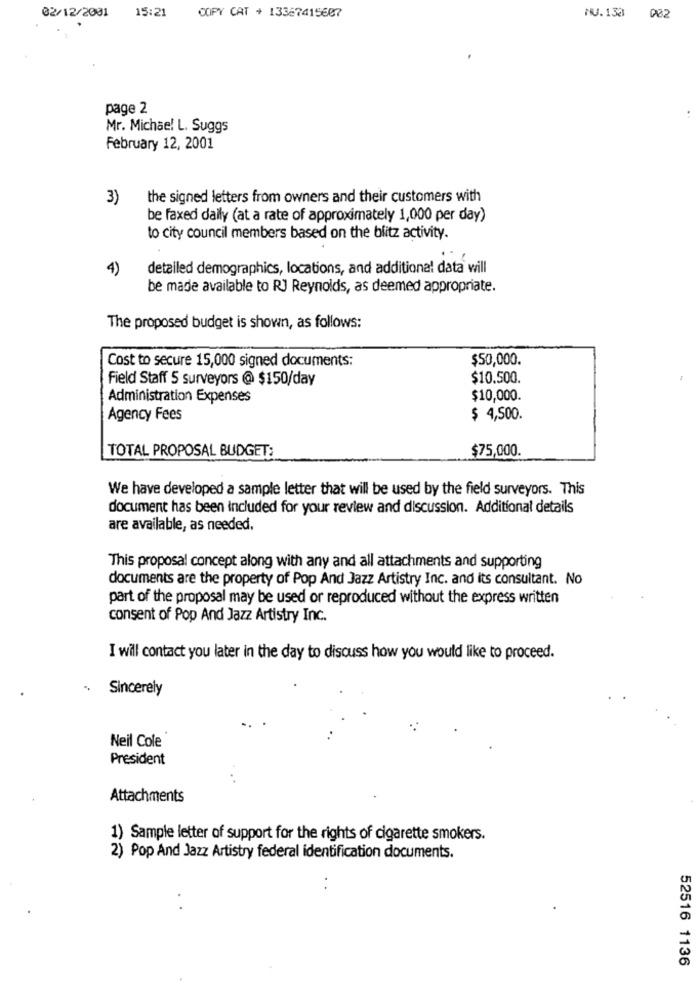
15:21
02/12/2001
COPY CAT + 13367415607
NU.133 002
page 2
Mr. Michael L. Suggs
February 12, 2001
3)
the signed letters from owners and their customers with
be faxed daily (at a rate of approximately 1,000 per day)
to city council members based on the blitz activity.
4)
detailed demographics, locations, and additional data will
be made available to RJ Reynolds, as deemed appropriate.
The proposed budget is shown, as follows:
$50,000.
Cost to secure 15,000 signed documents:
Field Staff 5 surveyors @ $150/day
$10.500.
Administration Expenses
$10,000.
Agency Fees
$ 4,500.
TOTAL PROPOSAL BUDGET:
$75,000.
We have developed a sample letter that will be used by the field surveyors. This
document has been included for your review and discussion. Additional details
are available, as needed.
This proposal concept along with any and all attachments and supporting
documents are the property of Pop And Jazz Artistry Inc. and its consultant. No
part of the proposal may be used or reproduced without the express written
consent of Pop And Jazz Artistry Inc.
I will contact you later in the day to discuss how you would like to proceed.
Sincerely
Neil Cole
President
Attachments
1) Sample letter of support for the rights of cigarette smokers.
2) Pop And Jazz Artistry federal identification documents.
..
52516 1136